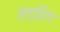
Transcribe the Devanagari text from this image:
लड्विग